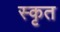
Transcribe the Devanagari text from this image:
स्कृत